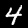
Digit: 4